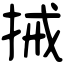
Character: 𢬿